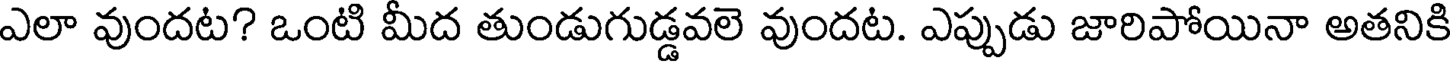
ఎలా వుందట? ఒంటి మీద తుండుగుడ్డవలె వుందట. ఎప్పుడు జారిపోయినా అతనికి